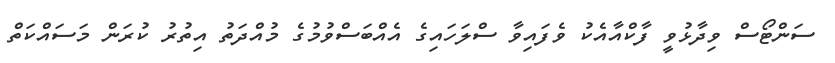
ސަންޓޯސް ވިދާޅުވީ ފާކްއާއެކު ވެފައިވާ ސްލަހައިގެ އެއްބަސްވުމުގެ މުއްދަތު އިތުރު ކުރަން މަސައްކަތް